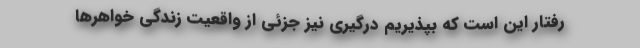
رفتار این است که بپذیریم درگیری نیز جزئی از واقعیت زندگی خواهر‌ها